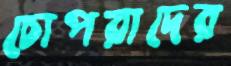
চোপরাদের